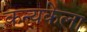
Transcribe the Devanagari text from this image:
कन्यकेला